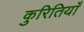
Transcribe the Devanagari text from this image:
कुरितियाँ